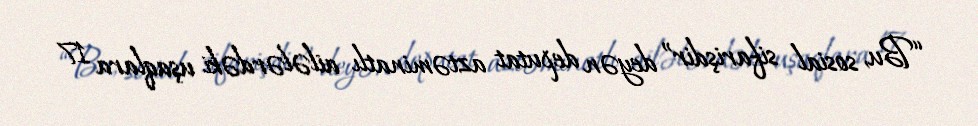
“Bu, sosial sifarişdir” deyən deputat aztəminatlı ailələrdəki uşaqlara 17